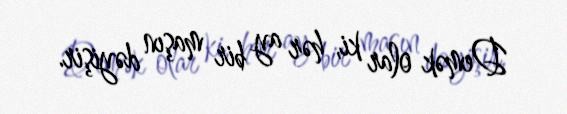
Demək olar ki, hər ay bir maşın dəyişir.